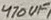
Text: 470UF